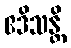
ဧဒိသန္တိ